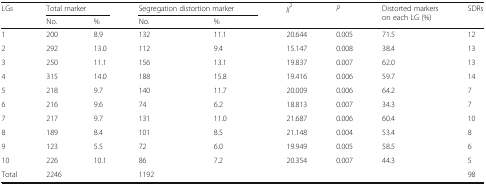
| <ROWSPAN=2> LGs | <COLSPAN=2> Total marker | <COLSPAN=2> Segregation distortion marker | <ROWSPAN=2> χ2 | <ROWSPAN=2> P | <ROWSPAN=2> Distorted markers on each LG (%) | <ROWSPAN=2> SDRs |
 | No. | % | No. | % |
 | --- | --- | --- | --- | --- | --- | --- | --- | --- |
 | 1 | 200 | 8.9 | 132 | 11.1 | 20.644 | 0.005 | 71.5 | 12 |
 | 2 | 292 | 13.0 | 112 | 9.4 | 15.147 | 0.008 | 38.4 | 13 |
 | 3 | 250 | 11.1 | 156 | 13.1 | 19.837 | 0.007 | 62.0 | 13 |
 | 4 | 315 | 14.0 | 188 | 15.8 | 19.416 | 0.006 | 59.7 | 14 |
 | 5 | 218 | 9.7 | 140 | 11.7 | 20.009 | 0.006 | 64.2 | 7 |
 | 6 | 216 | 9.6 | 74 | 6.2 | 18.813 | 0.007 | 34.3 | 7 |
 | 7 | 217 | 9.7 | 131 | 11.0 | 21.687 | 0.006 | 60.4 | 10 |
 | 8 | 189 | 8.4 | 101 | 8.5 | 21.148 | 0.004 | 53.4 | 8 |
 | 9 | 123 | 5.5 | 72 | 6.0 | 19.949 | 0.005 | 58.5 | 6 |
 | 10 | 226 | 10.1 | 86 | 7.2 | 20.354 | 0.007 | 44.3 | 5 |
 | Total | 2246 |  | 1192 |  |  |  |  | 98 |